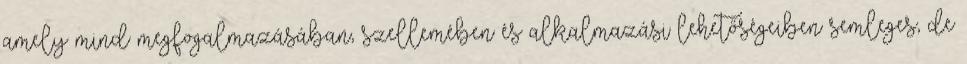
amely mind megfogalmazásában, szellemében és alkalmazási lehetőségeiben semleges, de